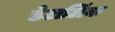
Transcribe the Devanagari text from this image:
डेटालिंक